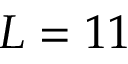
L = 1 1